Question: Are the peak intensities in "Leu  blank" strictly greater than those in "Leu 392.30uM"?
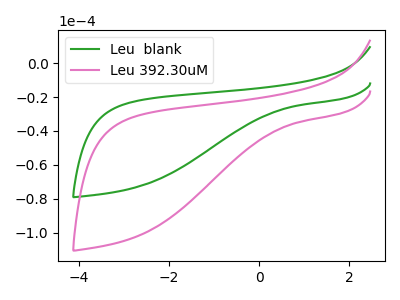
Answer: <think>The green curve "Leu  blank" has no peaks. The pink curve "Leu 392.30uM" has no peaks.</think>
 <answer>Niether CV has any peaks.</answer>
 <eval>blanks</eval>